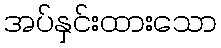
အပ်နှင်းထားသော